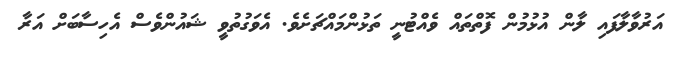
އަރުވާލާފައި ލާން އުޅުމުން ފޮތްތައް ވެއްޓުނީ ތަޅުންމައްޗަށެވެ. އެވަގުތުވީ ޝައުންވެސް އެހިސާބަށް އަރާ